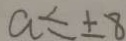
a \leq \pm 8